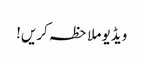
ویڈیو ملاحظہ کریں!